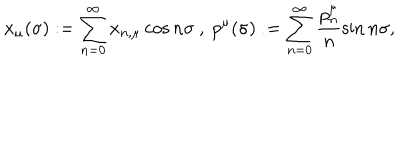
LaTeX: x _ { \mu } ( \sigma ) : = \sum _ { n = 0 } ^ { \infty } x _ { n , \mu } \cos { n \sigma } ~ , ~ p ^ { \mu } ( \sigma ) : = \sum _ { n = 0 } ^ { \infty } \frac { p _ { n } ^ { \mu } } { n } \sin { n \sigma } ,